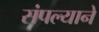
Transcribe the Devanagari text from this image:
संपल्‍याने